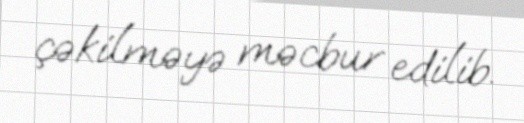
çəkilməyə məcbur edilib.